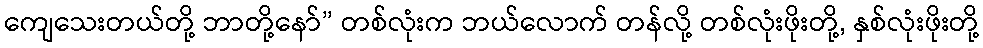
ကျေသေးတယ်တို့ ဘာတို့နော်” တစ်လုံးက ဘယ်လောက် တန်လို့ တစ်လုံးဖိုးတို့, နှစ်လုံးဖိုးတို့